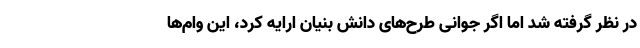
در نظر گرفته شد اما اگر جوانی طرح‌های دانش بنیان ارایه کرد، این وام‌ها